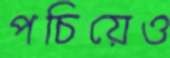
পচিয়েও